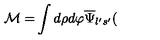
\mathcal { M = } \int d \rho d \varphi \overline { { \Psi } } _ { l ^ { \prime } s ^ { \prime } } (